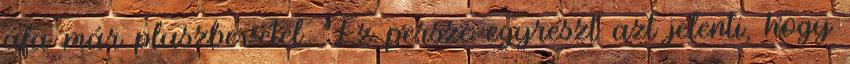
áfa már pluszbevétel. Ez persze egyrészt azt jelenti, hogy